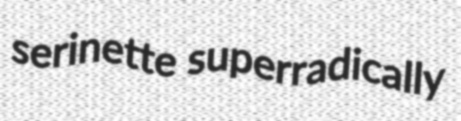
serinette superradically